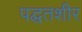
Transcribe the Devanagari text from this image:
पद्घतशीर